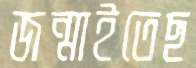
জন্মাইতেছ